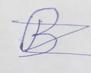
Signature authenticity: forged